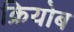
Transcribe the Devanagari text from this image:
क्रियोब